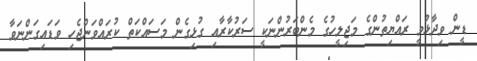
ޑީން ވިދާޅުވީ ރައްޔިތުންގެ މަޖިލީހުގެ މެންބަރުންނަކީ ސަރުކާރާއި ގުޅިގެން މަސައްކަތް ކުރައްވަންޖެހި ވަޑައިގަންނަވާ